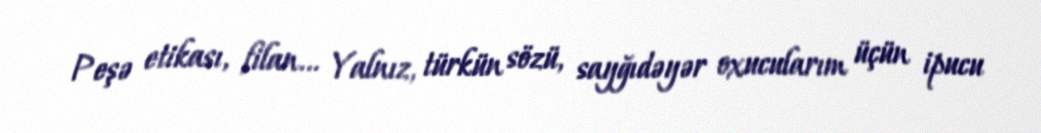
Peşə etikası, filan... Yalnız, türkün sözü, sayğıdəyər oxucularım üçün ipucu